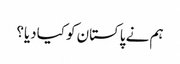
ہم نے پاکستان کو کیادیا؟